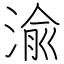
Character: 渝